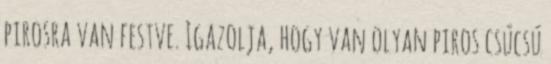
pirosra van festve. Igazolja, hogy van olyan piros csúcsú